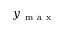
y _ { \mathrm { ~ m ~ a ~ x ~ } }